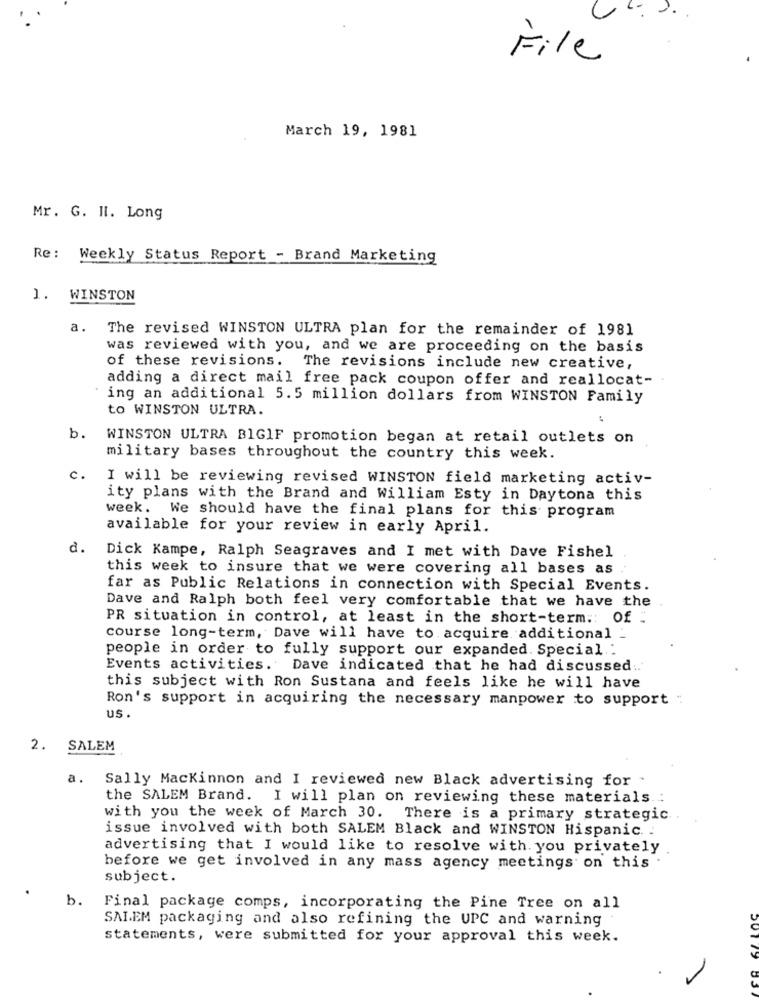
File
March 19, 1981
Mr. G. Il. Long
Re: Weekly Status Report - Brand Marketing
1. WINSTON
a. The revised WINSTON ULTRA plan for the remainder of 1981
was reviewed with you, and we are proceeding on the basis
of these revisions. The revisions include new creative,
adding a direct mail free pack coupon offer and reallocat-
ing an additional 5.5 million dollars from WINSTON Family
to WINSTON ULTRA.
b.
WINSTON ULTRA BIGIF promotion began at retail outlets on
military bases throughout the country this week.
c.
I will be reviewing revised WINSTON field marketing activ-
ity plans with the Brand and William Esty in Daytona this
week. We should have the final plans for this program
available for your review in early April.
d.
Dick Kampe, Ralph Seagraves and I met with Dave Fishel
this week to insure that we were covering all bases as
far as Public Relations in connection with Special Events.
Dave and Ralph both feel very comfortable that we have the
PR situation in control, at least in the short-term .: Of :
course long-term, Dave will have to acquire additional
people in order to fully support our expanded. Special :
Events activities. Dave indicated that he had discussed ..
this subject with Ron Sustana and feels like he will have
Ron's support in acquiring the necessary manpower to support "
us .
2. SALEM
a.
Sally Mackinnon and I reviewed new Black advertising for .
the SALEM Brand. I will plan on reviewing these materials .:
with you the week of March 30. There is a primary strategic.
issue involved with both SALEM Black and WINSTON Hispanic. .
advertising that I would like to resolve with. you privately
before we get involved in any mass agency meetings on this
subject.
b.
Final package comps, incorporating the Pine Tree on all
SALEM packaging and also refining the UPC and warning
statements, were submitted for your approval this week.